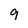
Character: 9